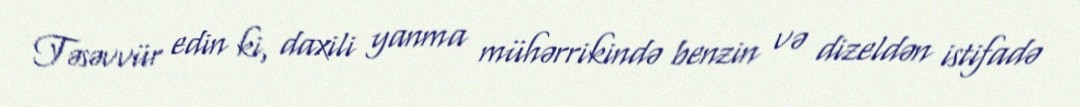
Təsəvvür edin ki, daxili yanma mühərrikində benzin və dizeldən istifadə